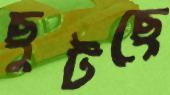
ছুটছে